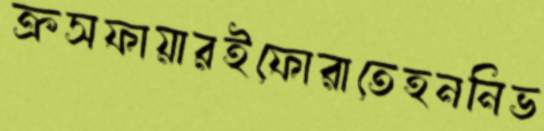
ক্রসফায়ারইফোরাতেহননিভ